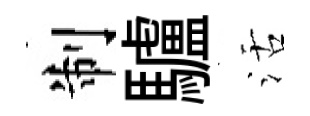
制驢活